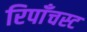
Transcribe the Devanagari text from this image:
रिपाँचस्ट